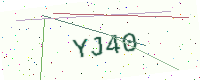
Text: YJ40